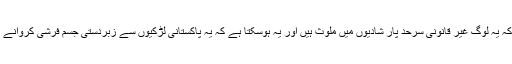
ساتھ ہی یہ بھی رپورٹ کیا گیا تھا کہ یہ لوگ غیر قانونی سرحد پار شادیوں میں ملوث ہیں اور یہ ہوسکتا ہے کہ یہ پاکستانی لڑکیوں سے زبردستی جسم فرشی کروانے یا ان کے اعضا فروخت کرتے ہوں۔